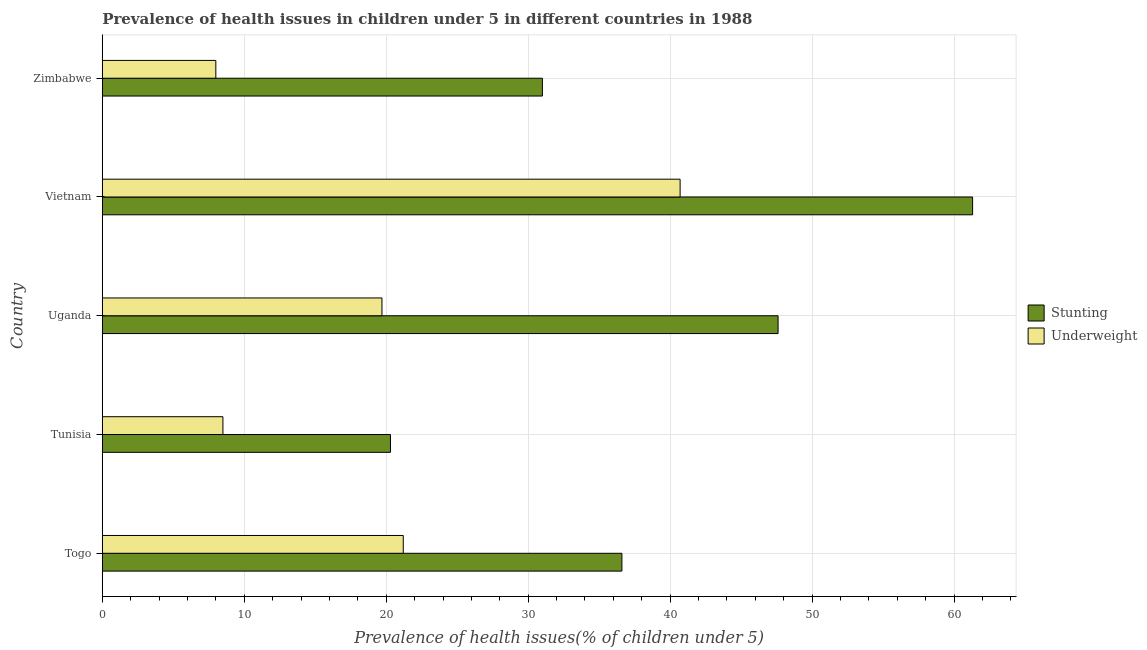
| Country | Stunting | Underweight |
 | --- | --- | --- |
 | Togo | 36.6 | 21.2 |
 | Tunisia | 20.3 | 8.5 |
 | Uganda | 47.6 | 19.7 |
 | Vietnam | 61.3 | 40.7 |
 | Zimbabwe | 31 | 8 |